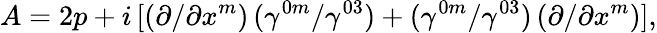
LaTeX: A=2p+i\, [(\partial/\partial x^{m})\, (\gamma^{0m}/\gamma^{03})+(\gamma^{0m}/\gamma^{03})\, (\partial/\partial x^{m})],